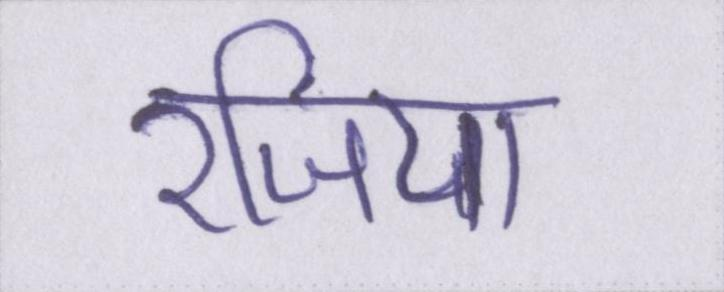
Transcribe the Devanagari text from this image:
रजिया